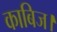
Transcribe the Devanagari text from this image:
काबिज।